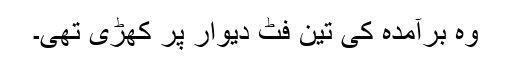
وہ برآمدہ کی تین فٹ دیوار پر کھڑی تھی۔